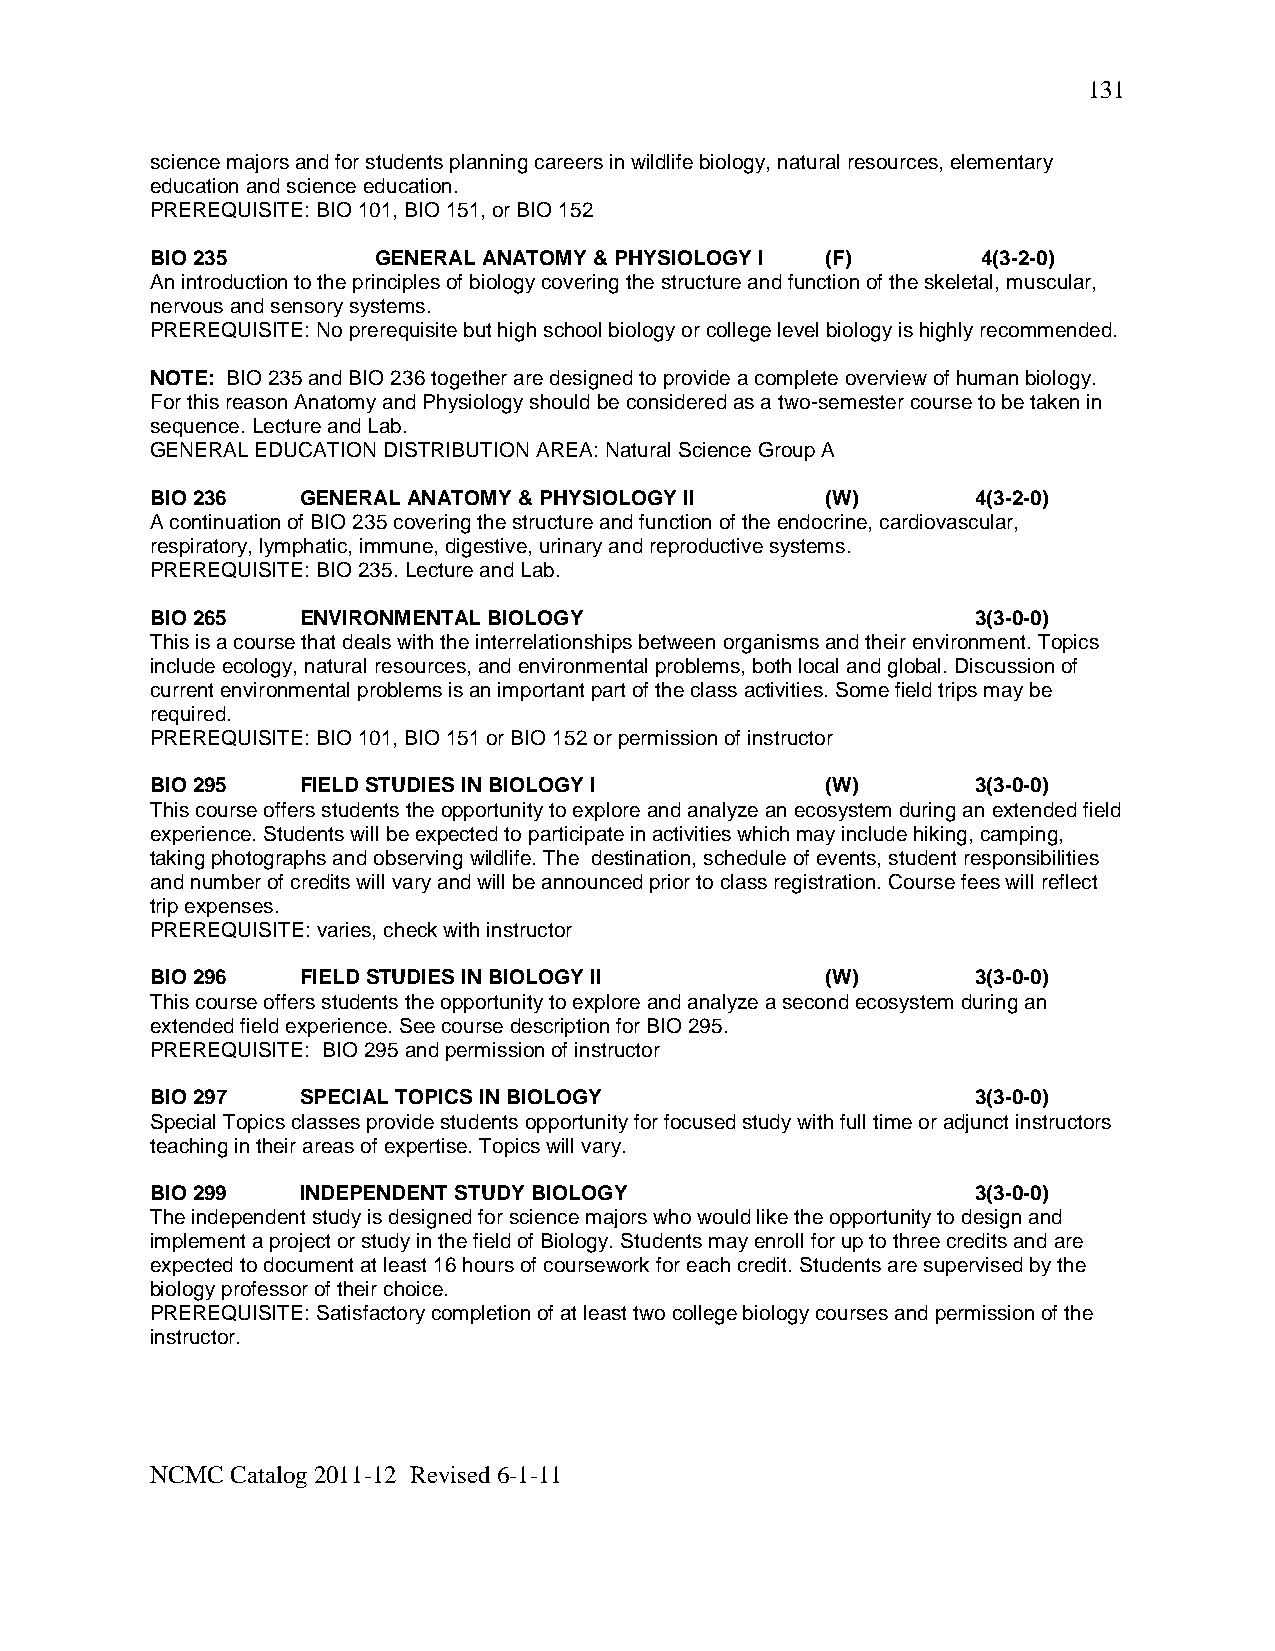
131
 science majors and for students planning careers in wildlife biology, natural resources, elementary
 education and science education.
 PREREQUISITE: BIO 101, BIO 151, or BIO 152
 BIO 235        GENERAL ANATOMY & PHYSIOLOGY I (F)      4(3-2-0)
 An introduction to the principles of biology covering the structure and function of the skeletal, muscular,
 nervous and sensory systems.
 PREREQUISITE: No prerequisite but high school biology or college level biology is highly recommended.
 NOTE: BIO 235 and BIO 236 together are designed to provide a complete overview of human biology.
 For this reason Anatomy and Physiology should be considered as a two-semester course to be taken in
 sequence. Lecture and Lab.
 GENERAL EDUCATION DISTRIBUTION AREA: Natural Science Group A
 BIO 236   GENERAL ANATOMY & PHYSIOLOGY II    (W)       4(3-2-0)
 A continuation of BIO 235 covering the structure and function of the endocrine, cardiovascular,
 respiratory, lymphatic, immune, digestive, urinary and reproductive systems.
 PREREQUISITE: BIO 235. Lecture and Lab.
 BIO 265   ENVIRONMENTAL BIOLOGY                        3(3-0-0)
 This is a course that deals with the interrelationships between organisms and their environment. Topics
 include ecology, natural resources, and environmental problems, both local and global. Discussion of
 current environmental problems is an important part of the class activities. Some field trips may be
 required.
 PREREQUISITE: BIO 101, BIO 151 or BIO 152 or permission of instructor
 BIO 295   FIELD STUDIES IN BIOLOGY I         (W)       3(3-0-0)
 This course offers students the opportunity to explore and analyze an ecosystem during an extended field
 experience. Students will be expected to participate in activities which may include hiking, camping,
 taking photographs and observing wildlife. The destination, schedule of events, student responsibilities
 and number of credits will vary and will be announced prior to class registration. Course fees will reflect
 trip expenses.
 PREREQUISITE: varies, check with instructor
 BIO 296   FIELD STUDIES IN BIOLOGY II        (W)       3(3-0-0)
 This course offers students the opportunity to explore and analyze a second ecosystem during an
 extended field experience. See course description for BIO 295.
 PREREQUISITE: BIO 295 and permission of instructor
 BIO 297   SPECIAL TOPICS IN BIOLOGY                    3(3-0-0)
 Special Topics classes provide students opportunity for focused study with full time or adjunct instructors
 teaching in their areas of expertise. Topics will vary.
 BIO 299   INDEPENDENT STUDY BIOLOGY                    3(3-0-0)
 The independent study is designed for science majors who would like the opportunity to design and
 implement a project or study in the field of Biology. Students may enroll for up to three credits and are
 expected to document at least 16 hours of coursework for each credit. Students are supervised by the
 biology professor of their choice.
 PREREQUISITE: Satisfactory completion of at least two college biology courses and permission of the
 instructor.
 NCMC Catalog 2011-12 Revised 6-1-11